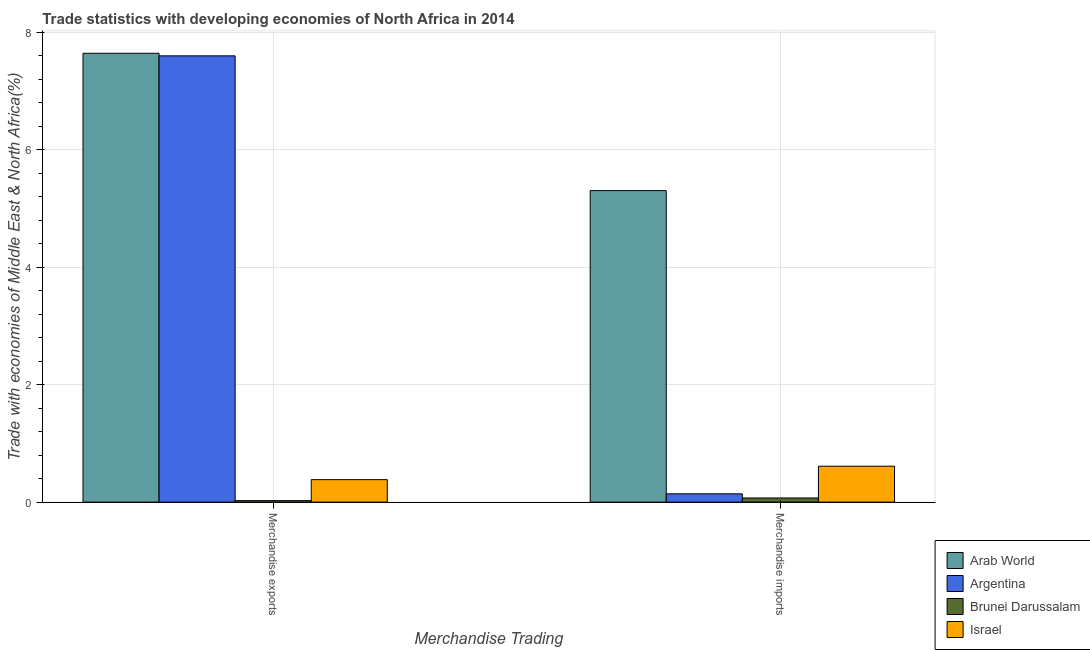
| Merchandise Trading | Arab World | Argentina | Brunei Darussalam | Israel |
 | --- | --- | --- | --- | --- |
 | Merchandise exports | 7.64 | 7.6 | 0.0253 | 0.382 |
 | Merchandise imports | 5.3 | 0.141 | 0.0706 | 0.611 |